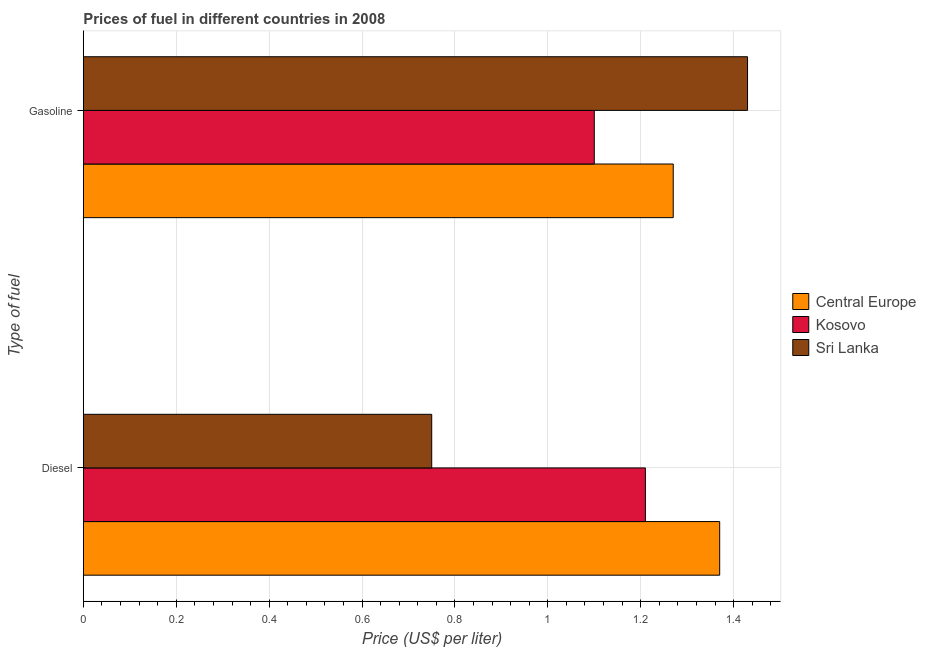
| Type of fuel | Central Europe | Kosovo | Sri Lanka |
 | --- | --- | --- | --- |
 | Diesel | 1.37 | 1.21 | 0.75 |
 | Gasoline | 1.27 | 1.1 | 1.43 |